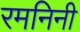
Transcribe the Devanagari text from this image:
रमनिनी